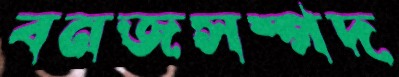
বনজসম্পদ